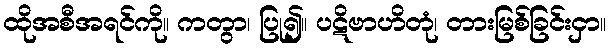
ထိုအစီအရင်ကို။ ကတွာ၊ ပြု၍။ ပဋိဗာဟိတုံ၊ တားမြစ်ခြင်းငှာ။